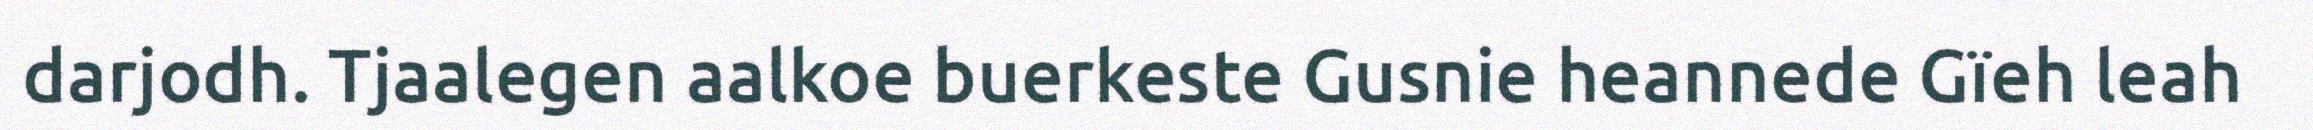
darjodh. Tjaalegen aalkoe buerkeste Gusnie heannede Gïeh leah